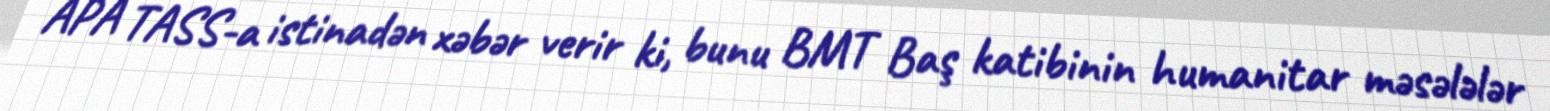
APA TASS-a istinadən xəbər verir ki, bunu BMT Baş katibinin humanitar məsələlər